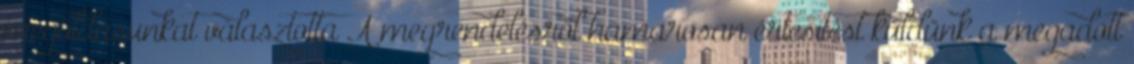
megoldásunkat választotta A megrendelésről hamarosan értesítést küldünk a megadott